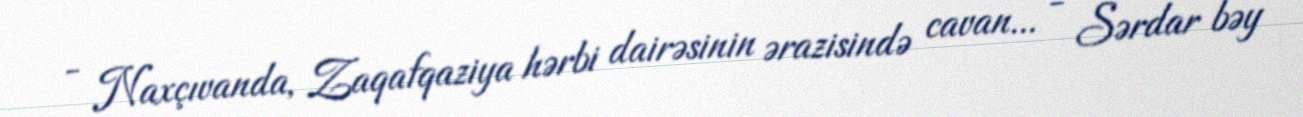
- Naxçıvanda, Zaqafqaziya hərbi dairəsinin ərazisində cavan... - Sərdar bəy